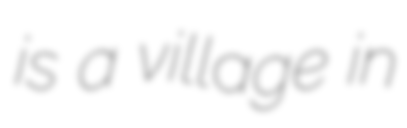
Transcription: is a village in